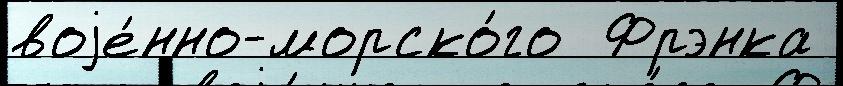
воjе́нно-морско́го  Фрэнка